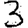
Digit: 3